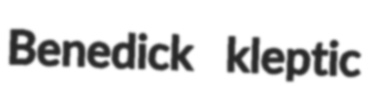
Benedick kleptic